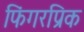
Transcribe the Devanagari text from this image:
फिंगरप्रिक